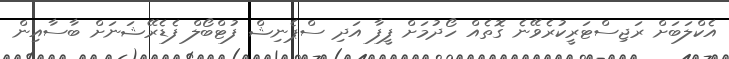
އެކްލަބަށް ރަޖިސްޓަރީކުރެވޭނެ ގޮތެއް ހޯދުމަށް ފީފާ އަދި ސްޕެނިޝް ފުޓްބޯލް ފެޑެރޭޝަނަށް ބާސާއިން